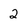
Character: 2